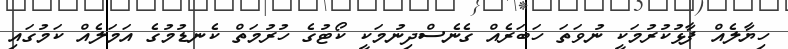
ހިޔާލެއް ފާޅުކުރުމަކީ ނުވަތަ ހަބަރެއް ގެނެސްދިނުމަކީ ކޯޓުގެ ހުރުމަތް ކެނޑުމުގެ އަމަލެއް ކަމުގައި